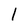
Character: 1